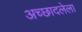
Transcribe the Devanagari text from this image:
अच्छादलेला